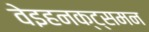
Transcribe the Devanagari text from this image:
वेइहनक्ट्समन